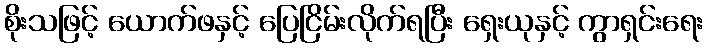
စိုးသဖြင့် ယောက်ဖနှင့် ပြေငြိမ်းလိုက်ရပြီး ရှေးယုနှင့် ကွာရှင်းရေး